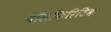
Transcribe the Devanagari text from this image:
पॉराफिरिटिक